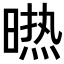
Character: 𭧈